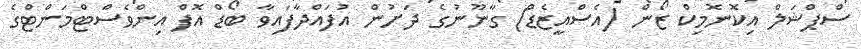
ސްޕްޝަލް އިކޮނޮމިކް ޒޯން (އެސްއީޒެޑް) ގާނޫނުގެ ދަށުން އުފައްދާފައިވާ ބޯޑް އޮފް އިންވެސްޓްމަންޓްގެ